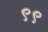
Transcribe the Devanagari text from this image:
९९